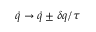
{ \dot { q } } \rightarrow { \dot { q } } \pm \delta q / \tau